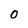
Character: 0